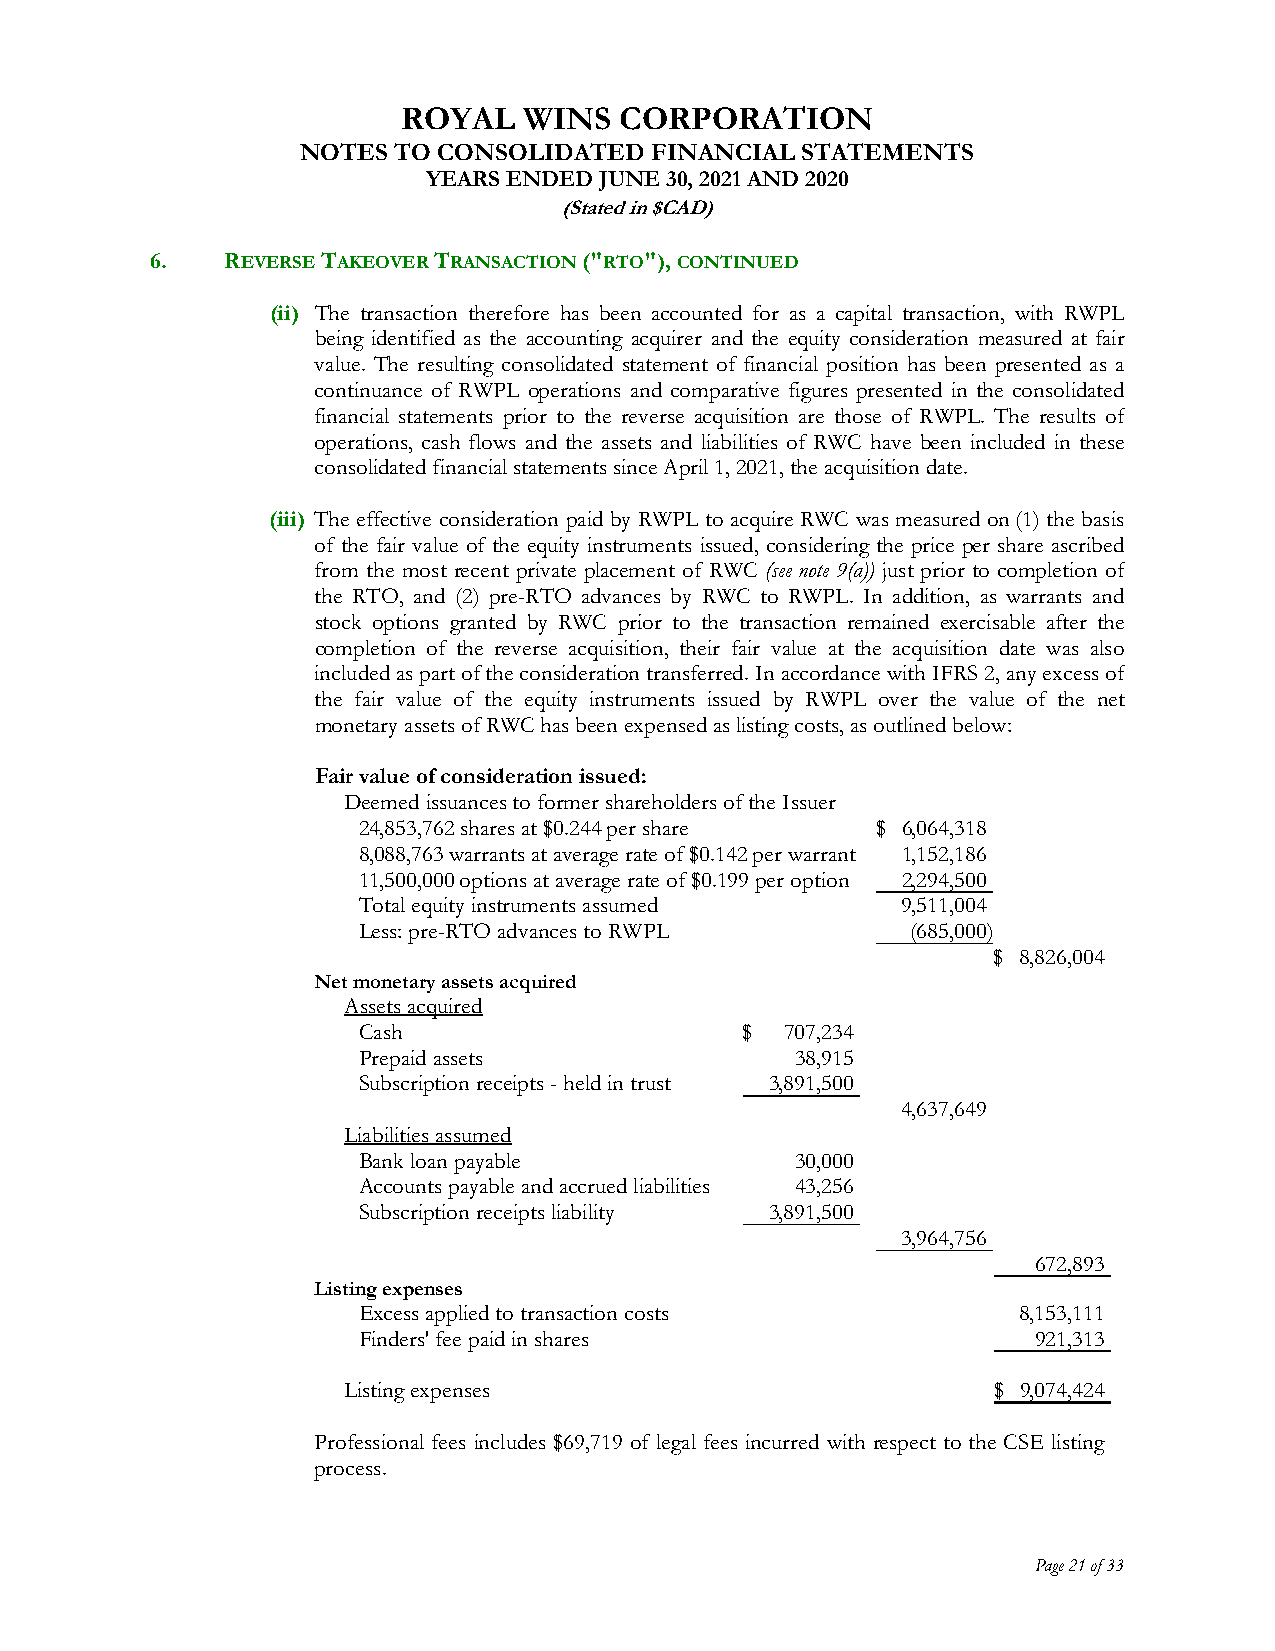
ROYAL   WINS  CORPORATION
 NOTES TO CONSOLIDATED  FINANCIAL STATEMENTS
 YEARS ENDED JUNE 30, 2021 AND 2020
 (Stated in $CAD)
 6.   REVERSE TAKEOVER TRANSACTION ("RTO"), CONTINUED
 (ii) The transaction therefore has been accounted for as a capital transaction, with RWPL
 being identified as the accounting acquirer and the equity consideration measured at fair
 value. The resulting consolidated statement of financial position has been presented as a
 continuance of RWPL operations and comparative figures presented in the consolidated
 financial statements prior to the reverse acquisition are those of RWPL. The results of
 operations, cash flows and the assets and liabilities of RWC have been included in these
 consolidated financial statements since April 1, 2021, the acquisition date.
 (iii) The effective consideration paid by RWPL to acquire RWC was measured on (1) the basis
 of the fair value of the equity instruments issued, considering the price per share ascribed
 from the most recent private placement of RWC (see note 9(a)) just prior to completion of
 the RTO, and (2) pre-RTO advances by RWC to RWPL. In addition, as warrants and
 stock options granted by RWC prior to the transaction remained exercisable after the
 completion of the reverse acquisition, their fair value at the acquisition date was also
 included as part of the consideration transferred. In accordance with IFRS 2, any excess of
 the fair value of the equity instruments issued by RWPL over the value of the net
 monetary assets of RWC has been expensed as listing costs, as outlined below:
 Fair value of consideration issued:
 Deemed issuances to former shareholders of the Issuer
 24,853,762 shares at $0.244 per share $ 6,064,318
 8,088,763 warrants at average rate of $0.142 per warrant 1,152,186
 11,500,000 options at average rate of $0.199 per option 2,294,500
 Total equity instruments assumed    9,511,004
 Less: pre-RTO advances to RWPL      (685,000)
 $ 8,826,004
 Net monetary assets acquired
 Assets acquired
 Cash                     $  707,234
 Prepaid assets               38,915
 Subscription receipts - held in trust 3,891,500
 4,637,649
 Liabilities assumed
 Bank loan payable            30,000
 Accounts payable and accrued liabilities 43,256
 Subscription receipts liability 3,891,500
 3,964,756
 672,893
 Listing expenses
 Excess applied to transaction costs        8,153,111
 Finders' fee paid in shares                  921,313
 Listing expenses                           $ 9,074,424
 Professional fees includes $69,719 of legal fees incurred with respect to the CSE listing
 process.
 Page 21 of 33